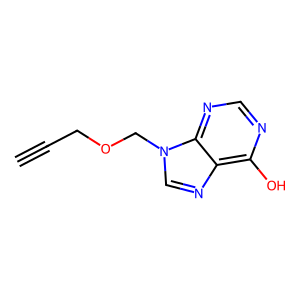
SMILES: C#CCOCn1cnc2c(O)ncnc21
Inhibits HIV replication: No